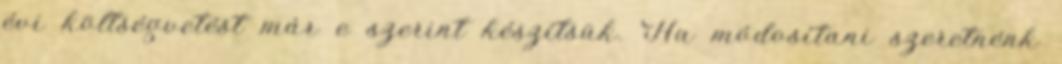
évi költségvetést már e szerint készítsük. Ha módosítani szeretnénk